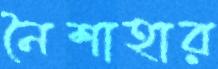
নৈশাহার